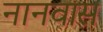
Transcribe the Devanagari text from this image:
नानवास